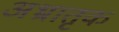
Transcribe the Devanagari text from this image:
अभ्रातृक